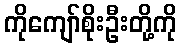
ကိုကျော်စိုးဦးတို့ကို